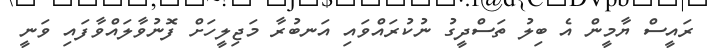
ރައީސް ޔާމީން އެ ބިލު ތަސްދީގު ނުކުރައްވައި އަނބުރާ މަޖިލީހަށް ފޮނުވާލައްވާފައި ވަނީ